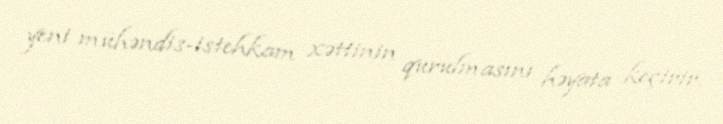
yeni mühəndis-istehkam xəttinin qurulmasını həyata keçirir.